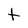
Character: t